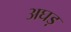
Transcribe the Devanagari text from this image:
अघड़